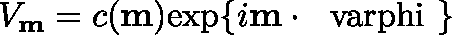
V _ { \bf m } = c ( { \bf m } ) \mathrm { e x p } \{ i { \bf m } \cdot \mathrm { \boldmath ~ \ v a r p h i ~ } \}